Annual report on the working of the lock hospitals in the North-Western Provinces and Oudh
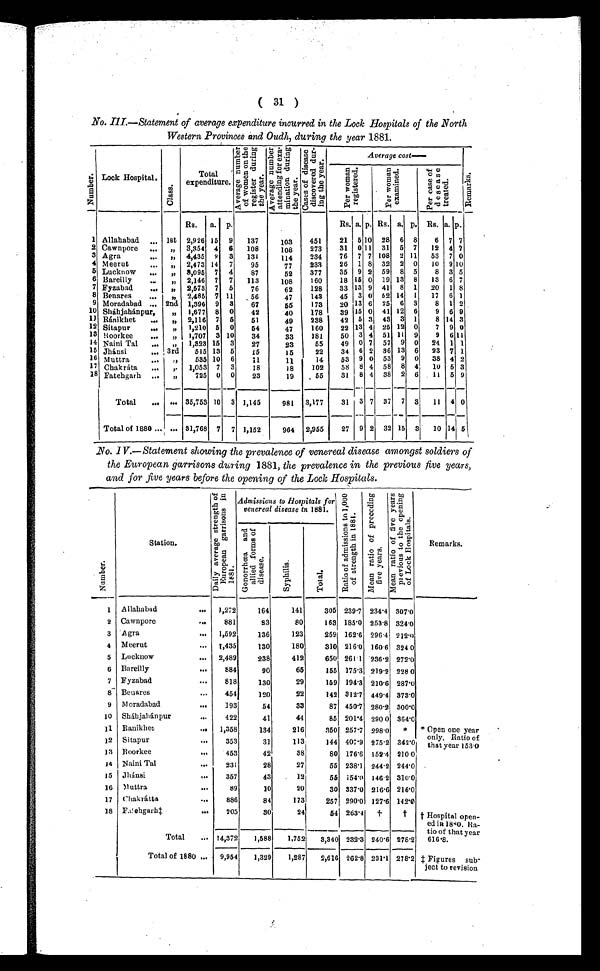
( 31 )
No. Ill.—Statement of average expenditure incurred in the Lock Hospitals of the North
Western Provinces and Oudh, during the year 1881.
Nu mb e r . Lock Hospital.
C l a s s .
Total
expenditure.
A v e r a g e n u m b e r o f w o m e n o n t h e r e g i s t e r d u r i n g t h e y e a r .
A v e r a g e n u m b e r a t t e n d i n g f o r e x a m i n a t i o n d u r i n g t h e y e a r .
C a s e s o f d i s e a s e d i s c o v e r e d d u r i n g t h e y e a r .
Average cost—
R e m a r k s .
P e e r w o m e n r e g i s t e r e d .
P e r w o m e n e x a m i n e d .
P e r c a s e o f d e s e a s e t r e a t e d .
Rs. a. p.
Rs. a. p. Rs. a. p. Rs. a. p.
1 Allahabad ... 1st 2,926 15 9 137
103 451
21 5 10 28 6 8 6 7 7
2 Cawnpore ... ,, 3,354 4 6 108
108 273
31 0 11 31 5 7 12 4 7
3 Agra
... „ 4,435 9 3 131
114 234 76 7 7 108 2 11 53 7 0
4 Meerut
... „ 2,473 14 7
95
77
233
26 1 8 32 2 0 10 9 10
5 Lucknow ... „ 8,095 7 4
87
52 377
35 9 2 59 8 5
8 3 5
6 Bareilly
... „ 2,146 7 7 113
108
160
18 15 0 19 13 8 13 6 7
7 Fyzabad
... ,, 2,673 7 5
76
62
128 33 13 9 41 8 1 20 1 8
8 Benares
... ,, 2,485 7 11 56
47
143 45 3 0 62 14
1 17 6 1
9 Moradabad ... 2nd 1,396 9 3 67
55
173 20 13 6 25 6 3 8 1 2
10 Sháhjahánpur, „ 1,677 8 0 42
40
178 39 15 0 41 12 6
9 6 9
11 Ránikhet ...
„
2,116 7 5 51
49
238 42 5 3 43 3 1
8 14 3
12 Sitapur
... ,, 1,210 5 0 54
47
160
22 13 4 25 12 0 7 9 0
13 Roorkee
... ,, 1,707 3 10 34
33
181
50 3 4 51 11 9
9 611
14 Naini Tal ... ,, 1,323 15 3 27
23
55 49 0 7 57 9 0 24 1 1
15 Jhánsi
... 3rd 515 13 5
15
15
22 34 6 2 36 13 6 23 7 1
16 Muttra
... ,, 535 10 6
31
11
14 53 9 0 53 9 0 38 4 2
17 Chakráta ... ,. 1,053 7 3
18
18
102 58 8 4 58 8 4 10 5 3
18 Fatehgarh ... „
725 0 0 23
19
55
31 8 4 38 2 6 11 5 9
Total ... ... 35,753 10 3 1,145
981 3,177
31 3 7 37 7 3 11 4 0
Total of 1880 ... ... 31,768 7 7 1,152
964 2,955
27 9 2 32 15 3 10 14 5
No. IV.—Statement showing the prevalence of venereal disease amongst soldiers of
the European garrisons during 1881, the prevalence in the previous five years,
and for five years before the opening of the Lock Hospitals.
N u m b e r .
Station.
D a i l y a v e r a g e s t r e n g t h o f E u r o p e a n g a r r i s o n s i n 1 8 8 1 .
Admissions to Hospitals for
venereal disease to 1881.
R a t i o a d m i s s i o n s t o 1 , 0 0 0 o f s t r e n g t h i n 1 8 8 1 .
Me a n r a t i o o f p r e c e d i n g f i v e y e a r s . M e a n r a t i o o f f i v e y e a r s p r e v i o u s t o t h e o p e n i n g o f L o c k H o s p i t a l s .
Remarks.
G o n o r r h œ a a n d a l l i e d f r o m s o f d i s e a s e .
S y p h i l i s .
T o t a l .
1 Allahabad
... 1,272
164
141
305 239.7 234.4 307.0
2 Cawnpore
...
881
83
80
163 185.0 253.8 324.0
3 Agra
... 1,592
136
123
259 162.6 296.4 212.0
4 Meerut
... 1,435
130
180
310 216.0 160.6 324.0
5 Lucknow
... 2,489
238
412
650 261.1 236.2 272.0
6 Bareilly
...
884
90
65
165 175.3 219.2 228.0
7 Fyzabad
... 818
130
29
159 194.3 210.6 287.0
8 Benares
...
454
120
22
142 312.7 449.4 373.0
9 Moradabad
...
193
54
33
87 450.7 280.2 300.0
1 0 Sháhjahánpur ... 422
41
44
85 201.4 290.0 364.0
11 Ranikhet ...
1,358
134
216
350 257.7 298.0 * * Open one year
only. Ratio of
that year 153.0
12 Sitapur
...
353
31
113
144 407.9 275.2 342.0
13 Roorkee ...
453
42
38
80 176.6 152.4 210.0
14 Naini Tal
...
231
28
27
55 238.1 244.2 244.0
15 Jhánsi
...
357
43
12
55 154.0 146.2 310.0
16 Muttra
...
89
10
20
30 337.0 216.6 216.0
17 Chakrátta
... 886
84
173
257 290.0 127.6 142.0
18 Fatehgarh‡ ...
205
30
24
54 263.4
† † † Hospital open-
ed iR 1880. Ra-
tio of that year
616.8.
Total ... 14,372 1,588 1,752 3,340 232.3 240.6 278.2
Total of 1880 ... 9,954 1,329 1,287 2,616 262.8 231.1 278.2 ‡ Figures sub-
ject to revision